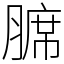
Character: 𫟊